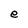
Character: e